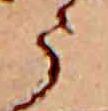
う